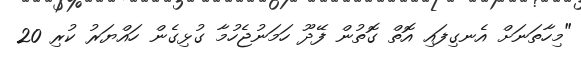
"މިހާތަނަށް އެނގިފައި އޮތް ގޮތުން ފޭދޫ ހަމަނުޖެހުމާ ގުޅިގެން ހައްޔަރު ކުރި 20